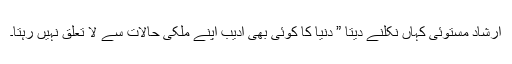
ارشاد مستوئی کہاں نکلنے دیتا ” دنیا کا کوئی بھی ادیب اپنے ملکی حالات سے لا تعلق نہیں رہتا۔